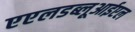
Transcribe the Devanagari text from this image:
एएलडब्लूआईएल